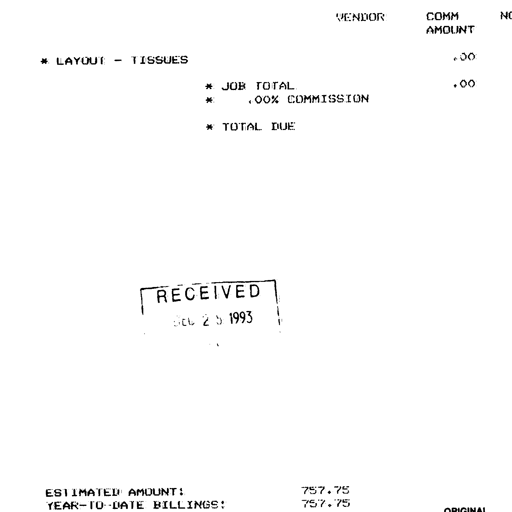
VENDOR
COMM
AMOUNT
* LAYOUT - TISSUES
.00
* JOB TOTAL
.00
* .00% COMMISSION
* TOTAL DUE
RECEIVED
OCT 25 1993
ESTIMATED AMOUNT:
757.75
YEAR-TO-DATE BILLINGS:
757.75